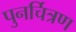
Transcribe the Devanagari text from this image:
पुनर्चित्रण